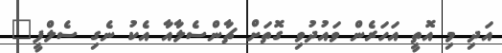
އަދި މި އޮތީ އަހަރެން ވައުދުވި ގޮތަށް ޗާންސެލާއާ އެކު ނެގި ސެލްފީ"